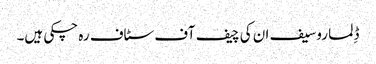
ڈِلما روسیف ان کی چیف آف سٹاف رہ چکی ہیں۔